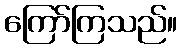
ကြော်ကြသည်။